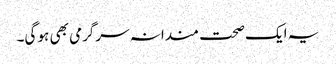
یہ ایک صحت مندانہ سرگرمی بھی ہو گی۔